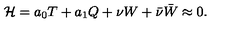
{ \cal H } = a _ { 0 } T + a _ { 1 } Q + \nu W + \bar { \nu } { \bar { W } } \approx 0 .